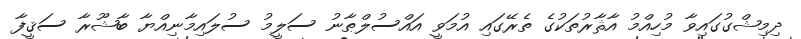
ދިމިޝްގުގައިވާ މުހިއްމު އާޘާރުތަކުގެ ތެރޭގައި އުމަވީ އައްސުލްޠާނު ސަލީމު ސުލައިމާނިއްޔާ ބާޝޫރާ ސަޤީފާ